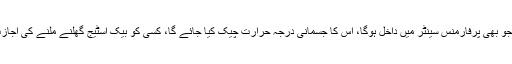
کمپنی کا کہنا ہے کہ جو بھی پرفارمنس سینٹر میں داخل ہوگا، اس کا جسمانی درجہ حرارت چیک کیا جائے گا، کسی کو بیک اسٹیج گھلنے ملنے کی اجازت نہیں دی جائے گی۔